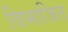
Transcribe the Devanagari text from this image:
विभाजित